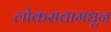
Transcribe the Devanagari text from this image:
लोकसत्तामधून